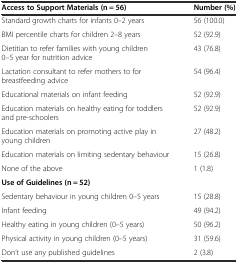
<table><thead><tr><td><b>Access to Support Materials (n = 56)</b></td><td><b>Number (%)</b></td></tr></thead><tbody><tr><td>Standard growth charts for infants 0–2 years</td><td>56 (100.0)</td></tr><tr><td>BMI percentile charts for children 2–8 years</td><td>52 (92.9)</td></tr><tr><td>Dietitian to refer families with young children 0–5 year for nutrition advice</td><td>43 (76.8)</td></tr><tr><td>Lactation consultant to refer mothers to for breastfeeding advice</td><td>54 (96.4)</td></tr><tr><td>Educational materials on infant feeding</td><td>52 (92.9)</td></tr><tr><td>Education materials on healthy eating for toddlers and pre-schoolers</td><td>52 (92.9)</td></tr><tr><td>Education materials on promoting active play in young children</td><td>27 (48.2)</td></tr><tr><td>Education materials on limiting sedentary behaviour</td><td>15 (26.8)</td></tr><tr><td>None of the above</td><td>1 (1.8)</td></tr><tr><td><b>Use of Guidelines (n = 52)</b></td><td></td></tr><tr><td>Sedentary behaviour in young children 0–5 years</td><td>15 (28.8)</td></tr><tr><td>Infant feeding</td><td>49 (94.2)</td></tr><tr><td>Healthy eating in young children (0–5 years)</td><td>50 (96.2)</td></tr><tr><td>Physical activity in young children (0–5 years)</td><td>31 (59.6)</td></tr><tr><td>Don’t use any published guidelines</td><td>2 (3.8)</td></tr></tbody></table>